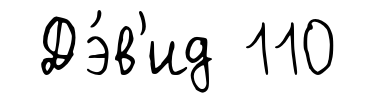
Дэ́в'ид 110